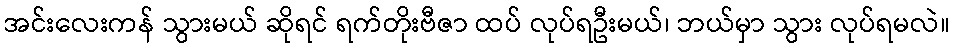
အင်းလေးကန် သွားမယ် ဆိုရင် ရက်တိုးဗီဇာ ထပ် လုပ်ရဦးမယ်၊ ဘယ်မှာ သွား လုပ်ရမလဲ။